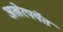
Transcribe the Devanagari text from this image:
अखेरपर्येत